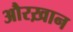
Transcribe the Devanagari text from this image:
औरख़ान